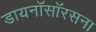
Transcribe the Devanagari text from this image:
डायनॉसॉरसना